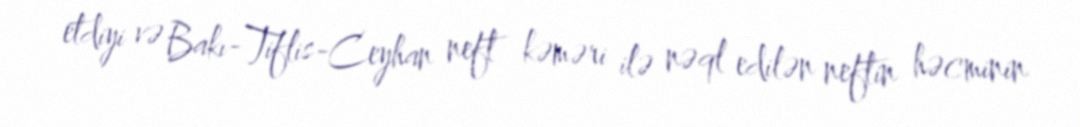
etdiyi və Bakı-Tiflis-Ceyhan neft kəməri ilə nəql edilən neftin həcminin